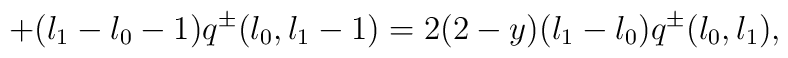
+ (l_{1}-l_{0}-1)q^{\pm}(l_{0},l_{1}-1)= 2(2-y)(l_{1}-l_{0})q^{\pm}(l_{0},l_{1}),